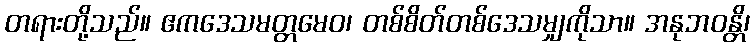
တရားတို့သည်။ ဧကဒေသမတ္တမေဝ၊ တစ်စိတ်တစ်ဒေသမျှကိုသာ။ အနုဘဝန္တိ၊